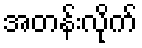
အတန်းလိုက်